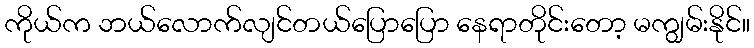
ကိုယ်က ဘယ်လောက်လျင်တယ်ပြောပြော နေရာတိုင်းတော့ မကျွမ်းနိုင်။